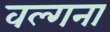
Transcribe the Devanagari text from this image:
वल्गना